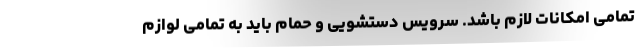
تمامی امکانات لازم باشد. سرویس دستشویی و حمام باید به تمامی لوازم